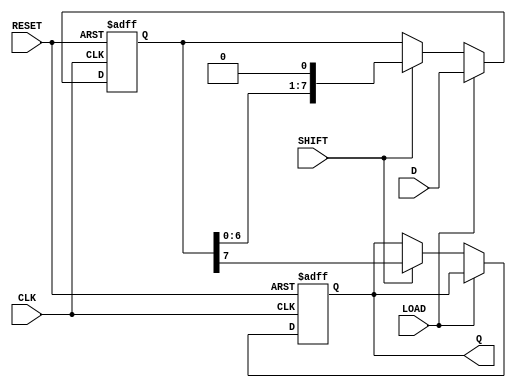
module dynamic_piso #(
    parameter WIDTH = 8 // Width of the data input
)(
    input wire [WIDTH-1:0] D,      // Parallel data inputs
    input wire LOAD,                // Load signal
    input wire SHIFT,               // Shift signal
    input wire CLK,                 // Clock signal
    input wire RESET,               // Asynchronous reset
    output reg Q                   // Serial output
);

    // Internal register to hold the data
    reg [WIDTH-1:0] storage;

    // Asynchronous reset and loading logic
    always @(posedge CLK or posedge RESET) begin
        if (RESET) begin
            storage <= 0; // Clear the storage on reset
            Q <= 0;       // Clear the output on reset
        end else if (LOAD) begin
            storage <= D; // Load data into the storage
        end else if (SHIFT) begin
            Q <= storage[WIDTH-1]; // Shift out the MSB
            storage <= {storage[WIDTH-2:0], 1'b0}; // Shift left
        end
    end

endmodule